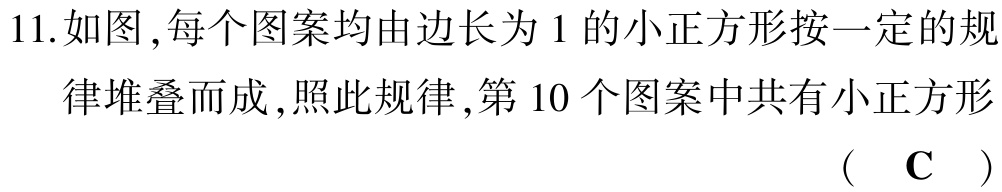
11.如图,每个图案均由边长为1的小正方形按一定的规律堆叠而成,照此规律,第10个图案中共有小正方形
（ C ）